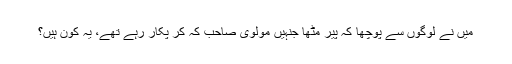
میں نے لوگوں سے پوچھا کہ پیر مٹھاؒ جنہیں مولوی صاحب کہ کر پکار رہے تھے، یہ کون ہیں؟